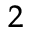
^ 2